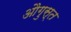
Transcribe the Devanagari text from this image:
औगुस्त